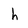
Character: h